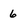
Character: 6